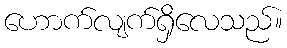
ဟောက်လျက်ရှိလေသည်။